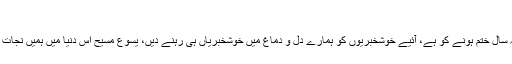
“
پس، جیسا کہ یہ سال ختم ہونے کو ہے، آئیے خوشخبریوں کو ہمارے دل و دماغ میں خوشخبریاں ہی رہنے دیں، یسوع مسیح اس دنیا میں ہمیں نجات دینے کو آیا تھا۔